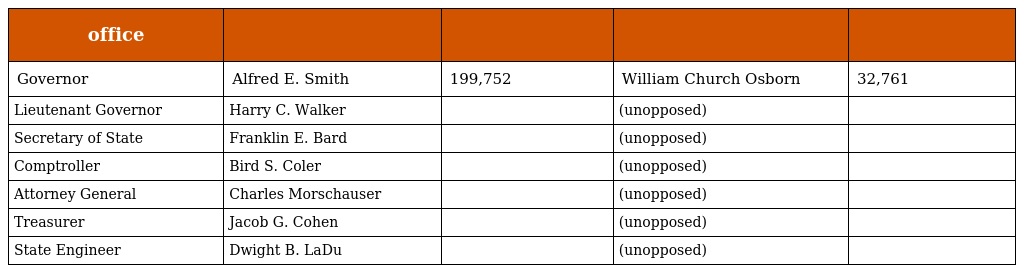
| office |  |  |  |  |
 | --- | --- | --- | --- | --- |
 | Governor | Alfred E. Smith | 199,752 | William Church Osborn | 32,761 |
 | Lieutenant Governor | Harry C. Walker |  | (unopposed) |  |
 | Secretary of State | Franklin E. Bard |  | (unopposed) |  |
 | Comptroller | Bird S. Coler |  | (unopposed) |  |
 | Attorney General | Charles Morschauser |  | (unopposed) |  |
 | Treasurer | Jacob G. Cohen |  | (unopposed) |  |
 | State Engineer | Dwight B. LaDu |  | (unopposed) |  |